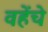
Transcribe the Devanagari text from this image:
वहेंचे